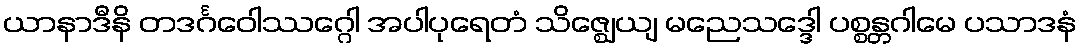
ယာနာဒီနိ တဒင်္ဂဝေါဿဂ္ဂေါ အပါပုရေတံ သိဇ္ဈေယျ မညေသဒ္ဒေါ ပစ္စန္တဂါမေ ပသာဒနံ